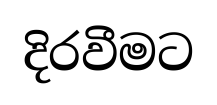
දිරවීමට